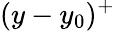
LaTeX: (y-y_{0})^{+}